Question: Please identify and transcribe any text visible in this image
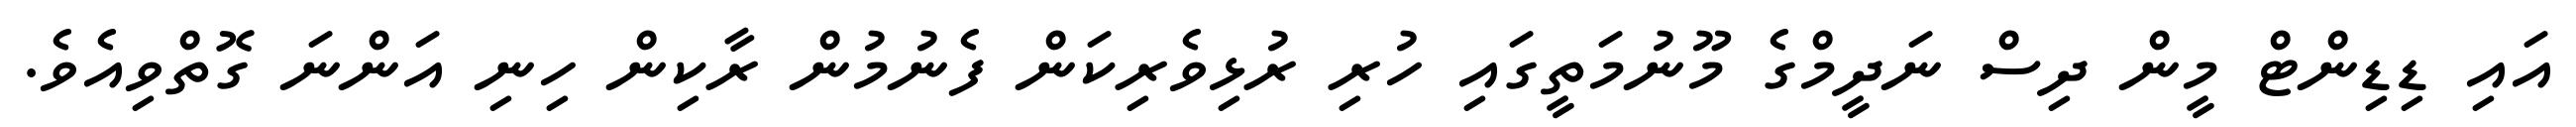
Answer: އައި ޑިޑިންޓް މީން ދިސް ނަދީމްގެ މޫނުމަތީގައި ހުރި ރުޅިވެރިކަން ފެނުމުން ރާކިން ހިނި އަންނަ ގޮތްވިއެވެ.